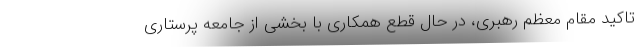
تاکید مقام معظم رهبری، در حال قطع همکاری با بخشی از جامعه پرستاری